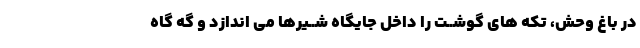
در باغ وحش، تکه هاى گوشــت را داخل جایگاه شــیرها مى اندازد و گه گاه